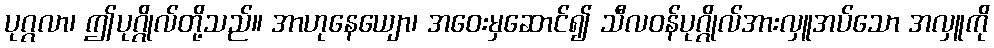
ပုဂ္ဂလာ၊ ဤပုဂ္ဂိုလ်တို့သည်။ အာဟုနေယျော၊ အဝေးမှဆောင်၍ သီလဝန်ပုဂ္ဂိုလ်အားလှူအပ်သော အလှူကို